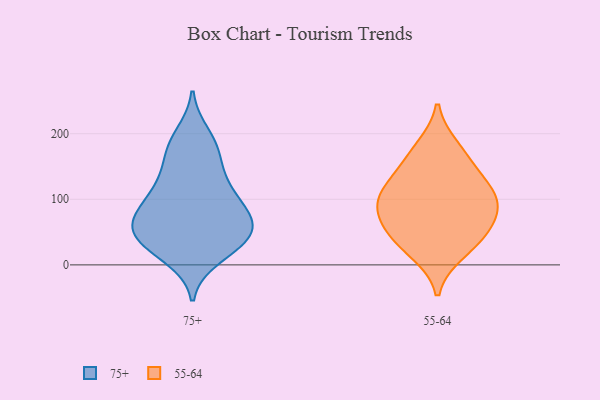
{"axis": {"x": "Operating Costs (USD K)", "y": "Value"}, "legend": ["55-64", "75+"], "data": [{"x": "", "y": 116, "type": "75+"}, {"x": "", "y": 46, "type": "75+"}, {"x": "", "y": 57, "type": "75+"}, {"x": "", "y": 62, "type": "75+"}, {"x": "", "y": 54, "type": "75+"}, {"x": "", "y": 176, "type": "75+"}, {"x": "", "y": 106, "type": "75+"}, {"x": "", "y": 131, "type": "75+"}, {"x": "", "y": 59, "type": "75+"}, {"x": "", "y": 181, "type": "75+"}, {"x": "", "y": 79, "type": "75+"}, {"x": "", "y": 31, "type": "75+"}, {"x": "", "y": 35, "type": "75+"}, {"x": "", "y": 198, "type": "75+"}, {"x": "", "y": 153, "type": "75+"}, {"x": "", "y": 95, "type": "75+"}, {"x": "", "y": 12, "type": "75+"}, {"x": "", "y": 83, "type": "75+"}, {"x": "", "y": 25, "type": "75+"}, {"x": "", "y": 159, "type": "55-64"}, {"x": "", "y": 128, "type": "55-64"}, {"x": "", "y": 179, "type": "55-64"}, {"x": "", "y": 93, "type": "55-64"}, {"x": "", "y": 71, "type": "55-64"}, {"x": "", "y": 108, "type": "55-64"}, {"x": "", "y": 47, "type": "55-64"}, {"x": "", "y": 19, "type": "55-64"}, {"x": "", "y": 111, "type": "55-64"}, {"x": "", "y": 78, "type": "55-64"}, {"x": "", "y": 38, "type": "55-64"}]}